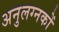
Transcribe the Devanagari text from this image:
अनुलग्नकों